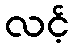
လင့်